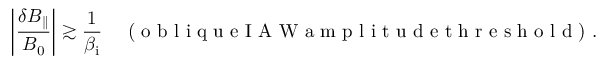
\left| \frac { \delta B _ { \parallel } } { B _ { 0 } } \right| \gtrsim \frac { 1 } { \beta _ { \mathrm { i } } } \quad \textrm { ( o b l i q u e I A W a m p l i t u d e t h r e s h o l d ) } .